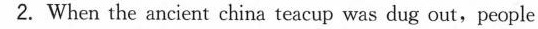
2. When the ancient china teacup was dug out,people